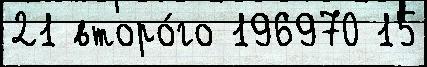
21 второ́го 196970 15